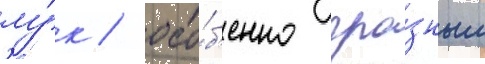
лу́к / осо́б'енно гро́зным